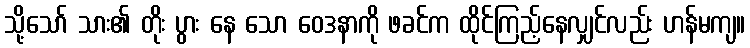
သို့သော် သား၏ တိုး ပွား နေ သော ဝေဒနာကို ဖခင်က ထိုင်ကြည့်နေလျှင်လည်း ဟန်မကျ။